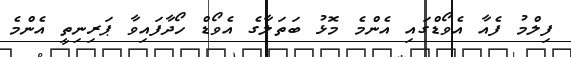
ފިލްމު ފެއާ އެވޯޑްގައި އެންމެ މޮޅު ބަތަލާގެ އެވޯޑް ހޯދާފައިވާ ޕަރިނިތީ އެންމެ